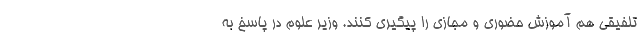
تلفیقی هم آموزش حضوری و مجازی را پیگیری کنند. وزیر علوم در پاسخ به